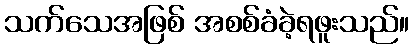
သက်သေအဖြစ် အစစ်ခံခဲ့ရဖူးသည်။